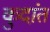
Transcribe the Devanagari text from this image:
कुदांत